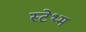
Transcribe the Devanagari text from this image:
स्टेथ्म